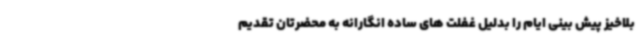
بلاخیز پیش بینی ایام را بدلیل غفلت های ساده انگارانه به محضرتان تقدیم